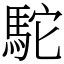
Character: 駝